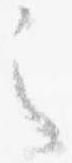
之